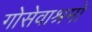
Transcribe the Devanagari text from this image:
गोसेवाश्रमो